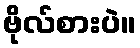
ဗိုလ်စားပဲ။